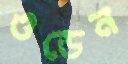
ওডেন